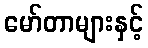
မော်တာများနှင့်